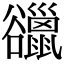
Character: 䜲